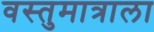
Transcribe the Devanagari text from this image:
वस्तुमात्राला